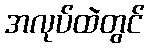
အလုပ်ထဲတွင်